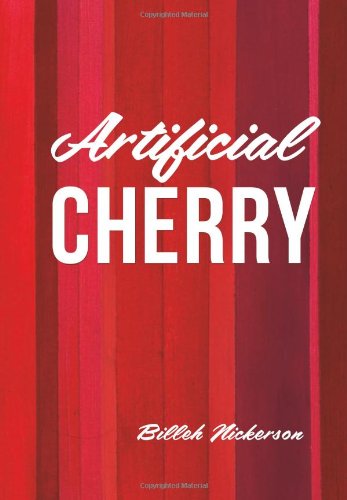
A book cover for Artificial Cherry; Billeh Nickerson; Gay & Lesbian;